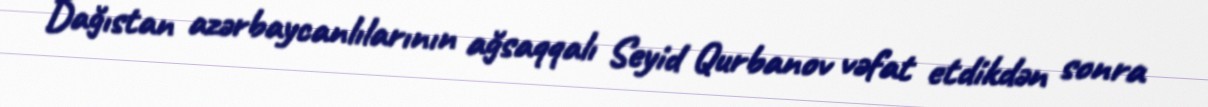
Dağıstan azərbaycanlılarının ağsaqqalı Seyid Qurbanov vəfat etdikdən sonra